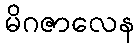
မိဂဇာလေန